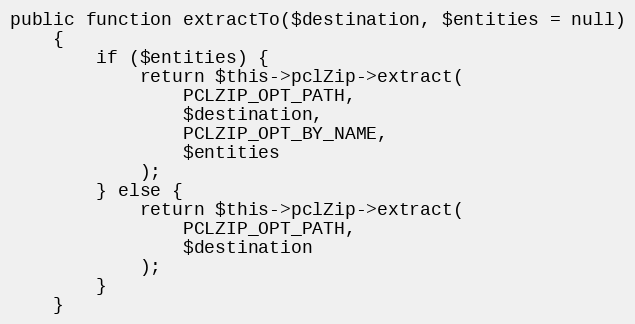
Language: PHP
public function extractTo($destination, $entities = null)
    {
        if ($entities) {
            return $this->pclZip->extract(
                PCLZIP_OPT_PATH,
                $destination,
                PCLZIP_OPT_BY_NAME,
                $entities
            );
        } else {
            return $this->pclZip->extract(
                PCLZIP_OPT_PATH,
                $destination
            );
        }
    }